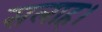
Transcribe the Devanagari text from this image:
सलाह।